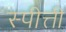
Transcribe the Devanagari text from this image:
स्पीत्ती